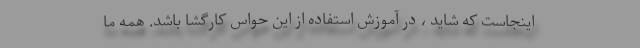
اینجاست که شاید ، در آموزش استفاده از این حواس کارگشا باشد. همه ما